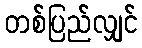
တစ်ပြည်လျှင်